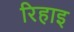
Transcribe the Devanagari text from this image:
रिहाइ